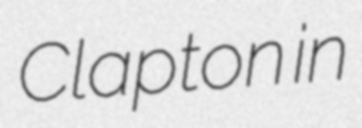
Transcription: Clapton in